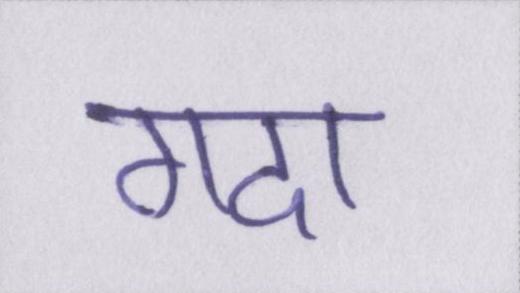
गदा